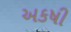
અકષી